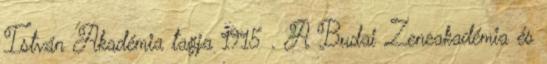
István Akadémia tagja 1915 . A Budai Zeneakadémia és